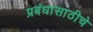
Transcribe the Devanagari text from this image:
प्रबंधासाठीचे